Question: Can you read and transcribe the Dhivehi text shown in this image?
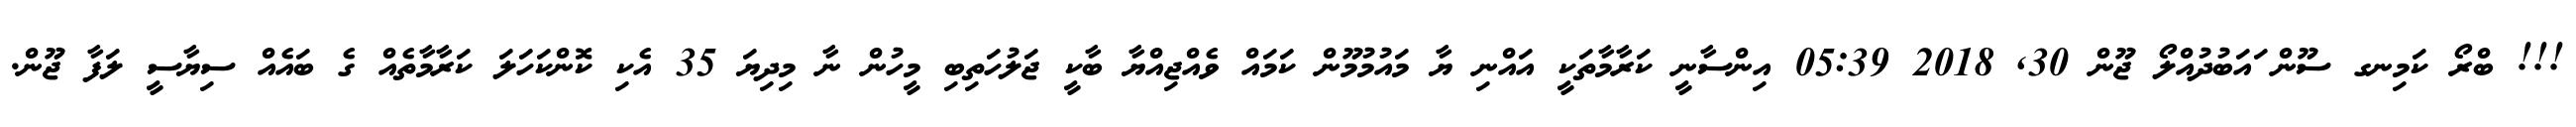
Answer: !!! ބްރޯ ކަމިނގ ސޫން ައަބުދުއްލޯ ޖޫން 30, 2018 05:39 އިންސާނީ ކަރާމާތަކީ އައްނި ޔާ މައުމުމޫން ކަމައް ވެއްޖިއްޔާ ބާކީ ޖަލުހަތިބި މީހުން ނާ މިދިޔަ 35 އެކި ކޮންކަހަލަ ކަރާމާތެއް ގެ ބައެއް ސިޔާސީ ލަފާ ޖޫން.